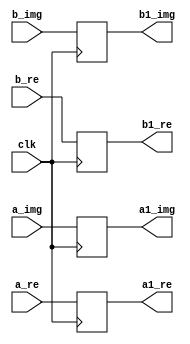
`timescale 1ns / 1ps
//////////////////////////////////////////////////////////////////////////////////
// Company: 
// Engineer: 
// 
// Design Name: 
// Module Name:    buf100 
// Project Name: 
// Target Devices: 
// Tool versions: 
// Description: 
//
// Dependencies: 
//
// Revision: 
// Revision 0.01 - File Created
// Additional Comments: 
//
//////////////////////////////////////////////////////////////////////////////////
module buf100(
    input [31:0] a_re,
    input [31:0] a_img,
    input [31:0] b_re,
    input [31:0] b_img,
    input clk,
    output reg [31:0] a1_re,
    output reg [31:0] a1_img,
    output reg [31:0] b1_re,
    output reg [31:0] b1_img
    );

always @(posedge clk) begin
a1_re<=a_re;
a1_img<=a_img;
b1_re<=b_re;
b1_img<=b_img;
end

endmodule